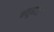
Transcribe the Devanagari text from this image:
न्यूहाउस